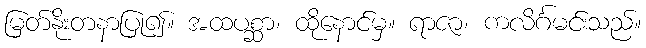
မြတ်နိုးတနာပြု၍။ အထပစ္ဆာ၊ ထိုနောင်မှ။ ရာဇာ၊ ကလိင်္ဂမင်းသည်။